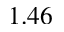
1 . 4 6